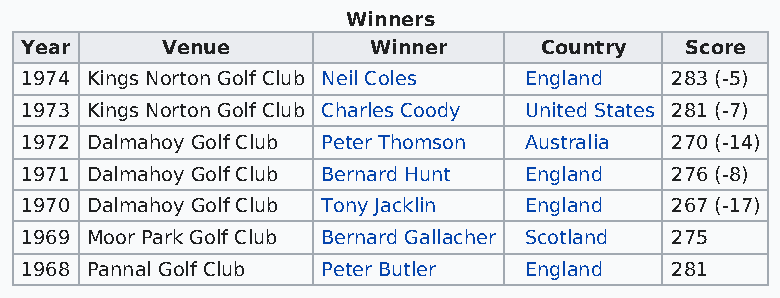
Winners
 Year      Venue        Winner      Country  Score
 1974 Kings Norton Golf Club Neil Coles England 283 (-5)
 1973 Kings Norton Golf Club Charles Coody United States 281 (-7)
 1972 Dalmahoy Golf Club Peter Thomson Australia 270 (-14)
 1971 Dalmahoy Golf Club Bernard Hunt England 276 (-8)
 1970 Dalmahoy Golf Club Tony Jacklin England 267 (-17)
 1969 Moor Park Golf Club Bernard Gallacher Scotland 275
 1968 Pannal Golf Club Peter Butler England 281